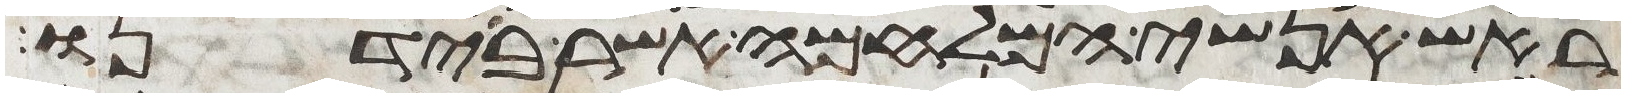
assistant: ראש אנשי המלחמה אשר בידנו